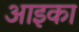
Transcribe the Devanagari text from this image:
आइका